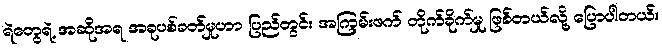
ရဲတွေရဲ့ အဆိုအရ အခုပစ်ခတ်မှုဟာ ပြည်တွင်း အကြမ်းဖက် တိုက်ခိုက်မှု ဖြစ်တယ်လို့ ပြောပါတယ်။